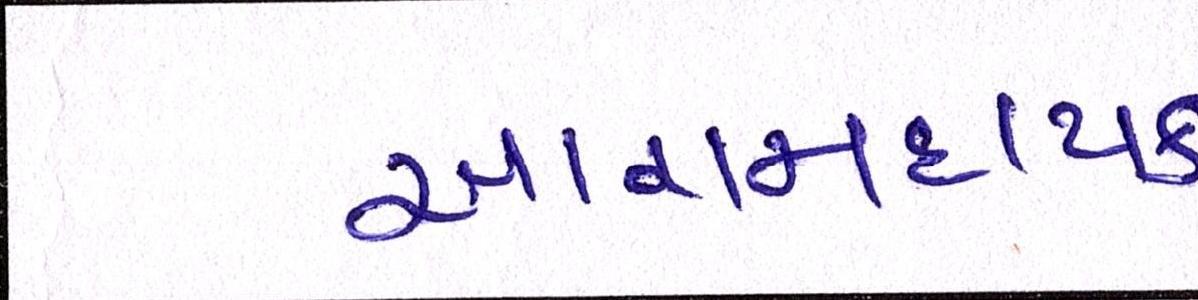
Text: આરામદાયક